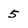
Character: 5